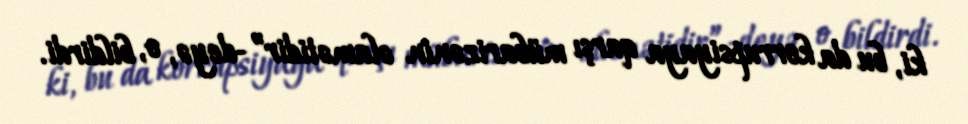
ki, bu da korrupsiyaya qarşı mübarizənin əlamətidir”-deyə, o, bildirdi.